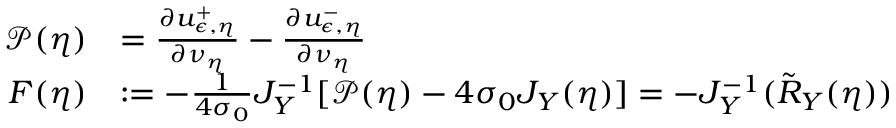
\begin{array} { r l } { \mathcal { P } ( \eta ) } & { = \frac { \partial u _ { \epsilon , \eta } ^ { + } } { \partial \nu _ { \eta } } - \frac { \partial u _ { \epsilon , \eta } ^ { - } } { \partial \nu _ { \eta } } } \\ { F ( \eta ) } & { : = - \frac { 1 } { 4 \sigma _ { 0 } } J _ { Y } ^ { - 1 } [ \mathcal { P } ( \eta ) - 4 \sigma _ { 0 } J _ { Y } ( \eta ) ] = - J _ { Y } ^ { - 1 } ( \tilde { R } _ { Y } ( \eta ) ) } \end{array}